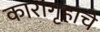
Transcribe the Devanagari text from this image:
कारागृहाचे